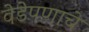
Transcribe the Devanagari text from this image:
वेडेपणाचे